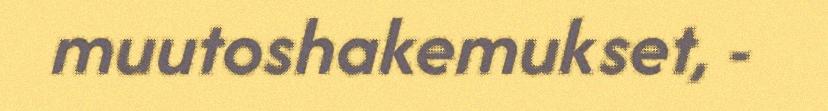
muutoshakemukset, -